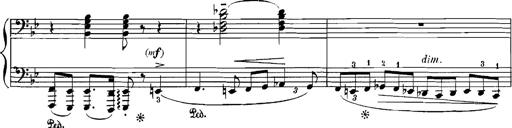
Title: Rhapsodies hongroises
Composer: Franz Liszt